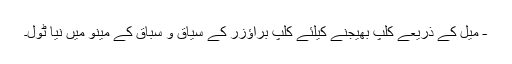
- میل کے ذریعے کلپ بھیجنے کیلئے کلپ براؤزر کے سیاق و سباق کے مینو میں نیا ٹول۔